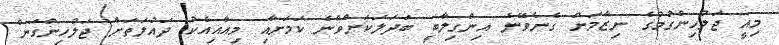
މިއީ ޖަލުހިންގުމުގެ ނިޒާމަށް ގެނެވޭނެ އިންގިލާބީ ބަދަލަކަށްވާނެ ކަމަށާއި މިއާއިއެކު ދައުލަތަށް ޖަލުހިންގަން